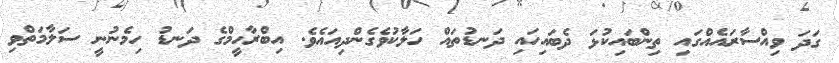
ގަދަ ވިއްސާރައެއްގައި ތިންބައިކުޅަ ދެބައިހައި ދަނޑުތައް ހަލާކުވެގެންދިއައެވެ. އިބްރާހީމްގެ ދަނޑު ހިމެނުނީ ސަލާމަތްވި